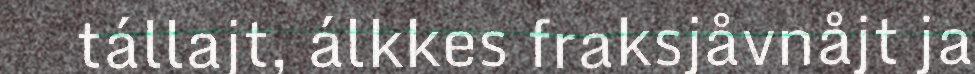
tállajt, álkkes fraksjåvnåjt ja